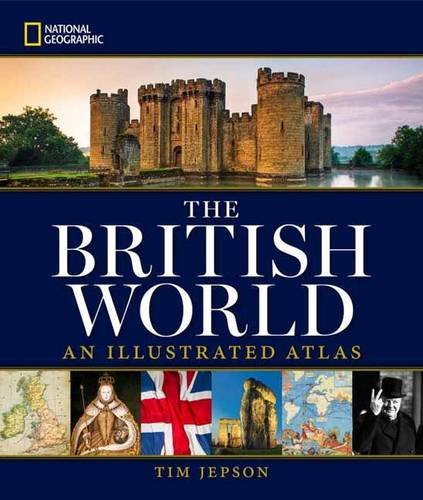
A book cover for National Geographic The British World: An Illustrated Atlas; Tim Jepson; History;